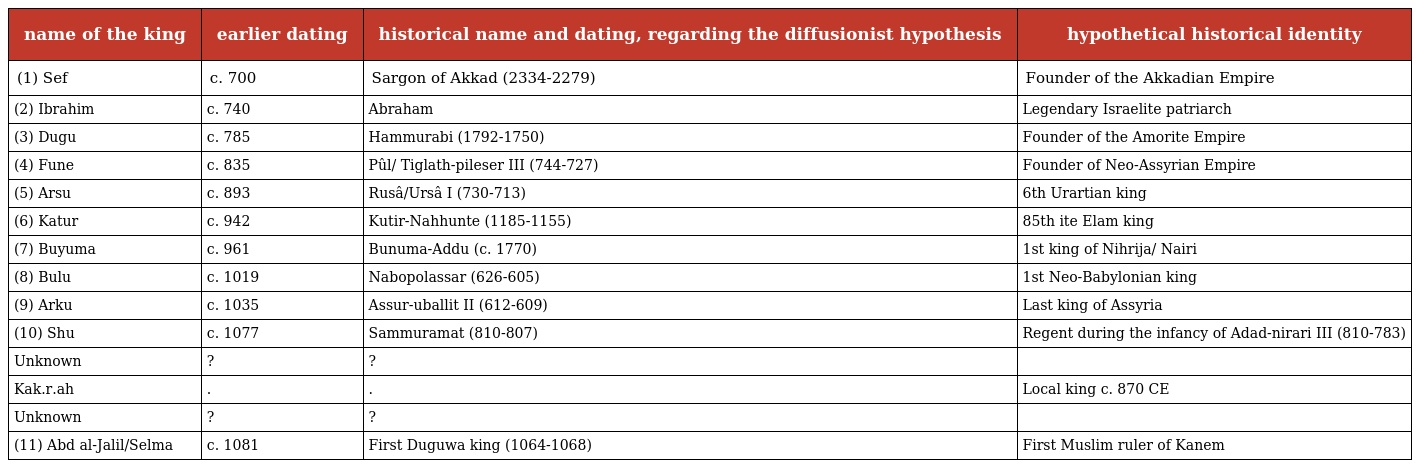
| name of the king | earlier dating | historical name and dating, regarding the diffusionist hypothesis | hypothetical historical identity |
 | --- | --- | --- | --- |
 | (1) Sef | c. 700 | Sargon of Akkad (2334-2279) | Founder of the Akkadian Empire |
 | (2) Ibrahim | c. 740 | Abraham | Legendary Israelite patriarch |
 | (3) Dugu | c. 785 | Hammurabi (1792-1750) | Founder of the Amorite Empire |
 | (4) Fune | c. 835 | Pûl/ Tiglath-pileser III (744-727) | Founder of Neo-Assyrian Empire |
 | (5) Arsu | c. 893 | Rusâ/Ursâ I (730-713) | 6th Urartian king |
 | (6) Katur | c. 942 | Kutir-Nahhunte (1185-1155) | 85th ite Elam king |
 | (7) Buyuma | c. 961 | Bunuma-Addu (c. 1770) | 1st king of Nihrija/ Nairi |
 | (8) Bulu | c. 1019 | Nabopolassar (626-605) | 1st Neo-Babylonian king |
 | (9) Arku | c. 1035 | Assur-uballit II (612-609) | Last king of Assyria |
 | (10) Shu | c. 1077 | Sammuramat (810-807) | Regent during the infancy of Adad-nirari III (810-783) |
 | Unknown | ? | ? |  |
 | Kak.r.ah | . | . | Local king c. 870 CE |
 | Unknown | ? | ? |  |
 | (11) Abd al-Jalil/Selma | c. 1081 | First Duguwa king (1064-1068) | First Muslim ruler of Kanem |